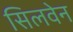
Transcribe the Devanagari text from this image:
सिलवेन